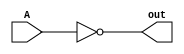
module not_gate (
    input wire A,
    output wire out
);

assign out = ~A;

endmodule